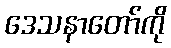
ဒေသနာတော်ကို